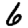
Digit: 6